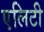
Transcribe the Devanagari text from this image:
एलिटी